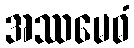
အဿမေဓံ